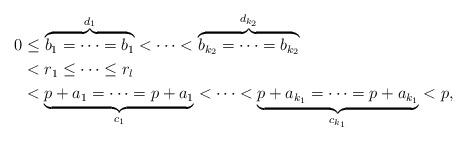
LaTeX: \begin{align*}0&\le\overbrace{ b_1=\dots =b_1}^{d_1}<\dots <\overbrace{b_{k_2}=\dots=b_{k_2}}^{d_{k_2}}\\&<r_1\le\dots\le r_l\\&<\underbrace{p+a_1=\dots=p+a_1}_{c_1}<\dots<\underbrace{p+a_{k_1}=\dots=p+a_{k_1}}_{c_{k_1}}<p,\end{align*}